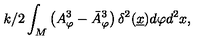
{ k / 2 } \int _ { M } \left( A _ { \varphi } ^ { 3 } - \bar { A } _ { \varphi } ^ { 3 } \right) \delta ^ { 2 } ( \underline { { x } } ) d \varphi d ^ { 2 } x ,